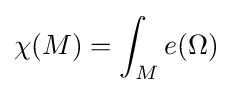
\chi (M)=\int _{M}e(\Omega )